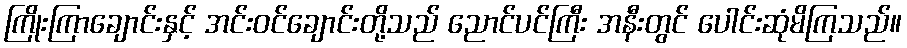
ကြိုးကြာချောင်းနှင့် အင်းဝင်ချောင်းတို့သည် ညောင်ပင်ကြီး အနီးတွင် ပေါင်းဆုံမိကြသည်။